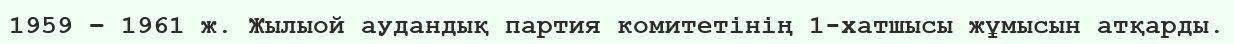
1959 – 1961 ж. Жылыой аудандық партия комитетінің 1-хатшысы жұмысын атқарды.